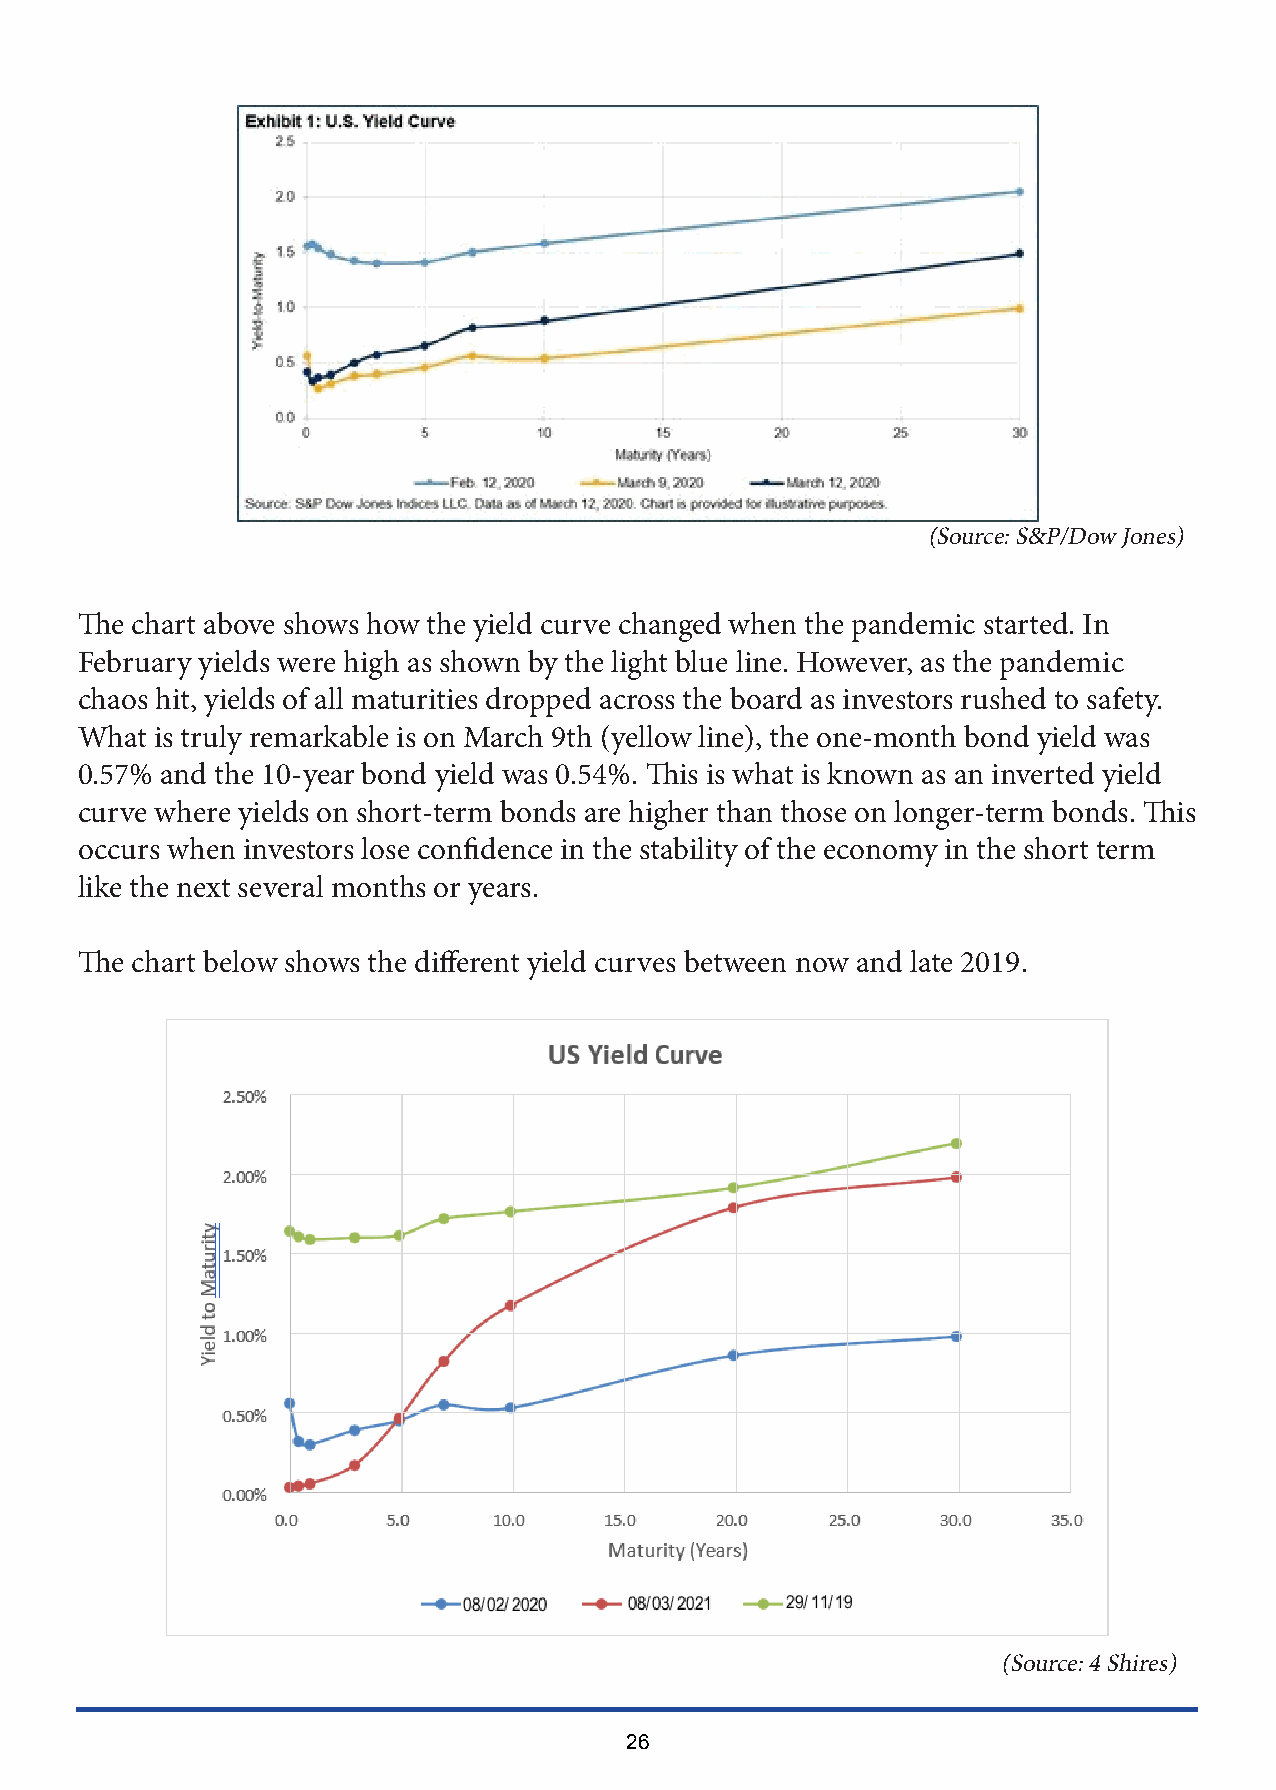
(Source: S&P/Dow Jones)
 The chart above shows how the yield curve changed when the pandemic started. In
 February yields were high as shown by the light blue line. However, as the pandemic
 chaos hit, yields of all maturities dropped across the board as investors rushed to safety.
 What is truly remarkable is on March 9th (yellow line), the one-month bond yield was
 0.57% and the 10-year bond yield was 0.54%. This is what is known as an inverted yield
 curve where yields on short-term bonds are higher than those on longer-term bonds. This
 occurs when investors lose confidence in the stability of the economy in the short term
 like the next several months or years.
 The chart below shows the different yield curves between now and late 2019.
 (Source: 4 Shires)
 26